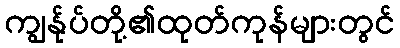
ကျွန်ုပ်တို့၏ထုတ်ကုန်များတွင်